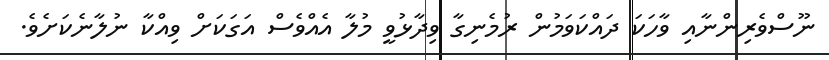
ނޫސްވެރިންނާއި ވާހަކަ ދައްކަވަމުން ރުމެނިގާ ވިދާޅުވީ މުލާ އެއްވެސް އަގަކަށް ވިއްކާ ނުލާނެކަށެވެ.